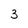
Character: 3